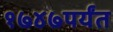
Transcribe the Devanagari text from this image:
१७४७पर्यंत